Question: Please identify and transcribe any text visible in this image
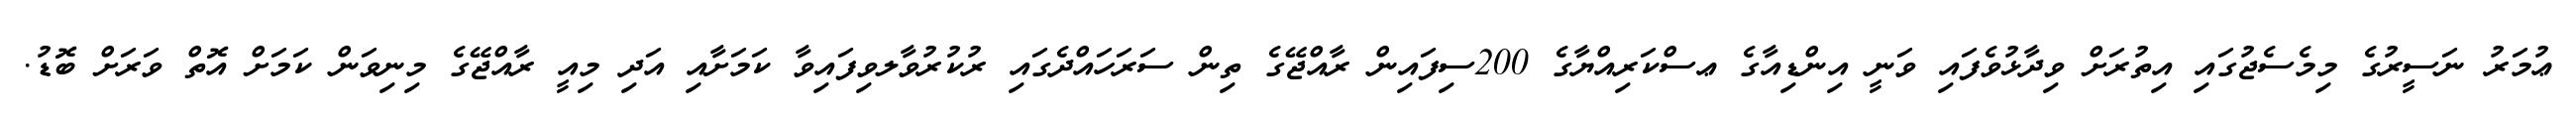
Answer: ޢުމަރު ނަސީރުގެ މިމެސެޖުގައި އިތުރަށް ވިދާޅުވެފައި ވަނީ އިންޑިއާގެ ޢސްކަރިއްޔާގެ 200ސިފައިން ރާއްޖޭގެ ތިން ސަރަހައްދެގައި ރުކުރުވާލވިފައިވާ ކަމަށާއި އަދި މިއީ ރާއްޖޭގެ މިނިވަން ކަމަށް އޮތް ވަރަށް ބޮޑު.